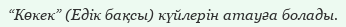
“Көкек” (Eдік бақсы) күйлерін атауға болады.